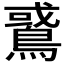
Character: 𪂵